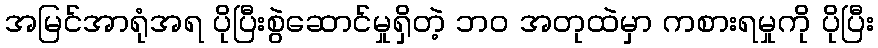
အမြင်အာရုံအရ ပိုပြီးစွဲဆောင်မှုရှိတဲ့ ဘဝ အတုထဲမှာ ကစားရမှုကို ပိုပြီး